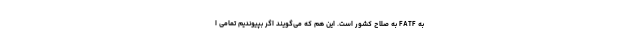
به FATF به صلاح کشور است. این هم که می‌گویند اگر بپیوندیم تمامی ا